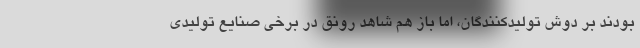
بودند بر دوش تولیدکنندگان، اما باز هم شاهد رونق در برخی صنایع تولیدی